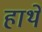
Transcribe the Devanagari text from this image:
हाथे